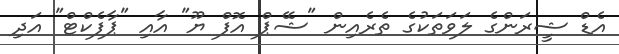
އެޑް ޝީރަންގެ ލަވަތަކުގެ ތެރެއިން "ޝޭޕް އޮފް ޔޫ" އާއި "ޕާފެކްޓް" އަދި